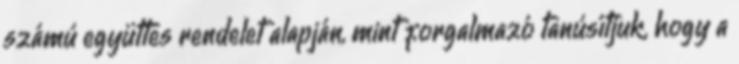
számú együttes rendelet alapján, mint forgalmazó tanúsítjuk, hogy a